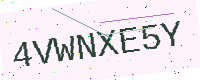
Text: 4VWNXE5Y